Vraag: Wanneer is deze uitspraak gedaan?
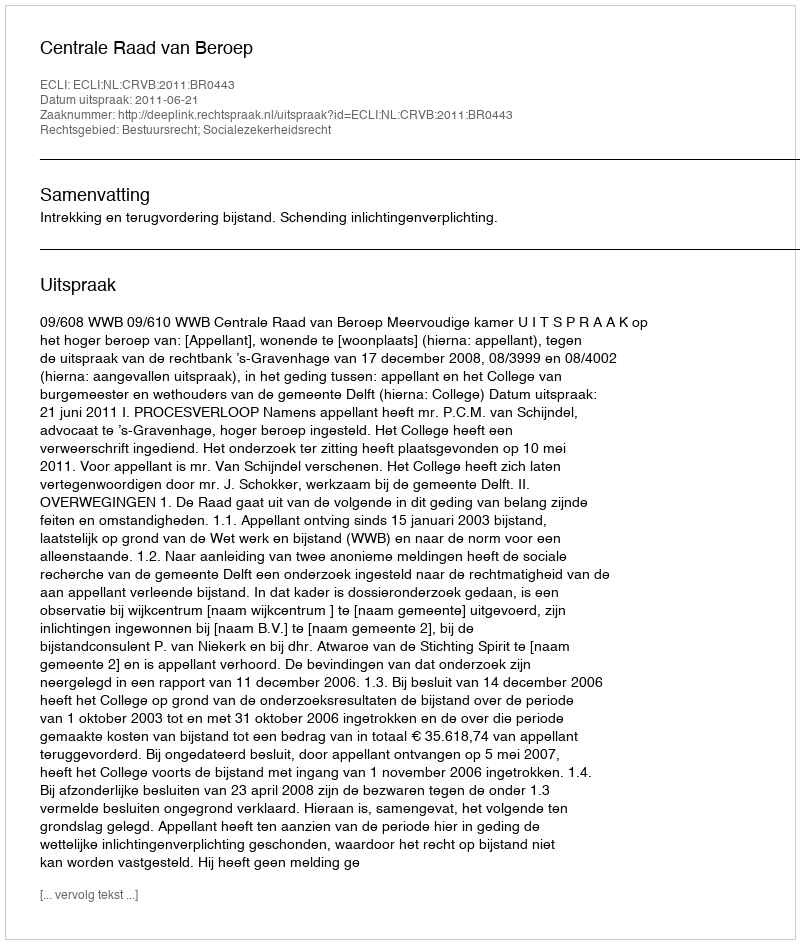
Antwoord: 2011-06-21